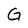
Character: G